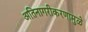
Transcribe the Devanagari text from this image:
अतिनागरीकरणामुळे